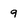
Character: 9